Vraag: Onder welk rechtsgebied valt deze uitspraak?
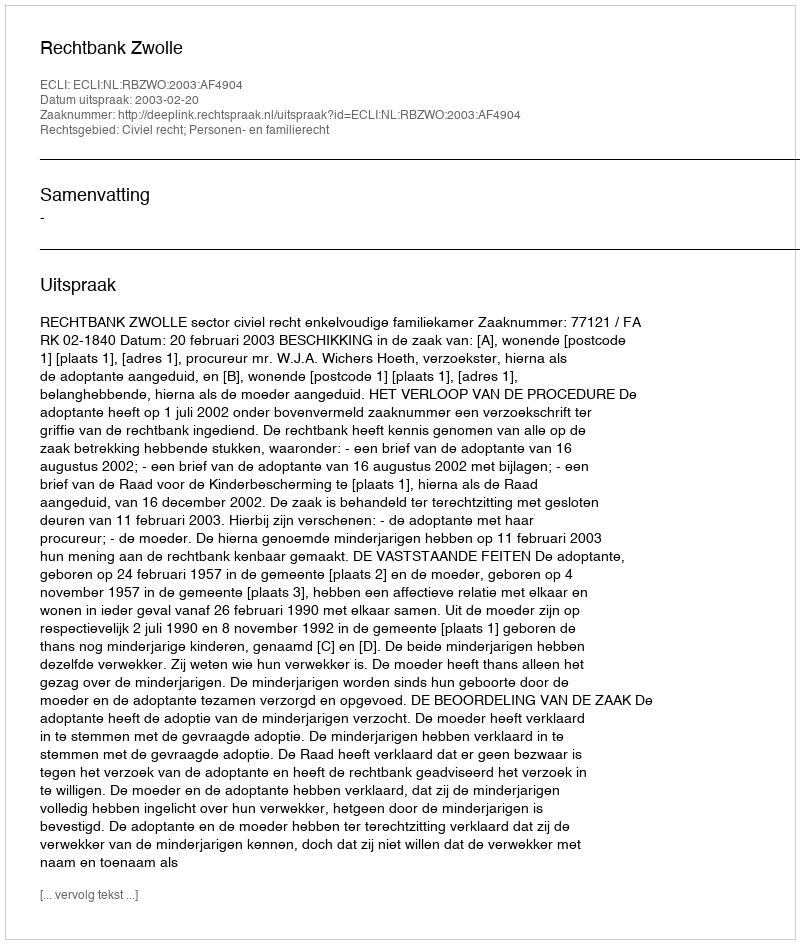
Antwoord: Civiel recht; Personen- en familierecht